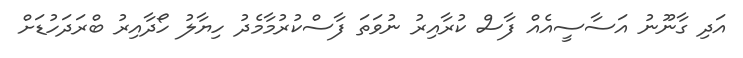
އަދި ގާނޫނު އަސާސީއެއް ފާސް ކުރާއިރު ނުވަތަ ފާސްކުރުމާމެދު ހިޔާލު ހޯދާއިރު ބްރަދަހުޑަށް